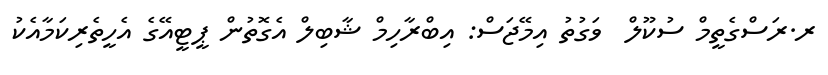
ރ.ރަސްގެތީމް ސުކޫލް  ވަގުތު އިމޭޖަސް: އިބްރާހިމް ޝާބިލް އެގޮތުން ޕީޓީއޭގެ އެހީތެރިކަމާއެކު